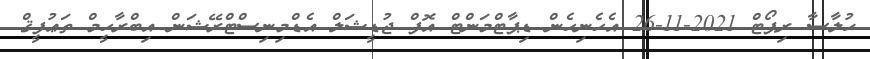
ޙުލާސާ ރިޕޯޓް 2021-11-26 އެހެނިހެން ޑިޕާޓްމަންޓް އޮފް ޖުޑީޝަލް އެޑްމިނިސްޓްރޭޝަން އިބްރާހީމް ތަޢުފީޤް